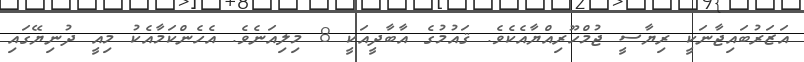
އަޒަރުބައިޖާނަކީ ރިޔާސީ ޖުމްހޫރިއްޔާއެކެވެ. ޤައުމުގެ އާބާދީއަކީ 8 މިލިއަނެވެ. އެހެންކަމާއެކު މިއީ ދުނިޔޭގައި